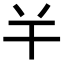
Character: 𢆉